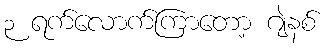
၃ ရက်လောက်ကြာတော့ ဂျဲနစ်